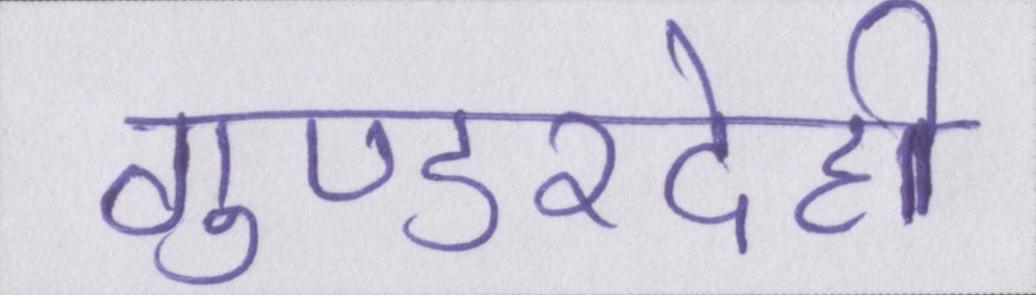
गुण्डरदेही